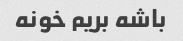
باشه بریم خونه